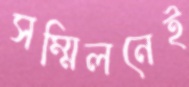
সম্মিলনেই